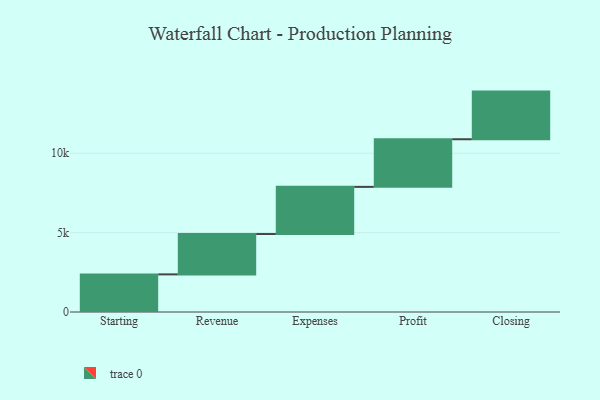
{"axis": {"x": "Step", "y": "Value"}, "legend": [""], "data": [{"x": "Starting", "y": 2369.0, "type": ""}, {"x": "Revenue", "y": 2541.0, "type": ""}, {"x": "Expenses", "y": 2970.0, "type": ""}, {"x": "Profit", "y": 3000, "type": ""}, {"x": "Closing", "y": 3000, "type": ""}]}